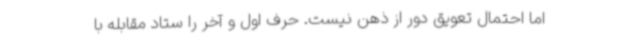
اما احتمال تعویق دور از ذهن نیست. حرف اول و آخر را ستاد مقابله با